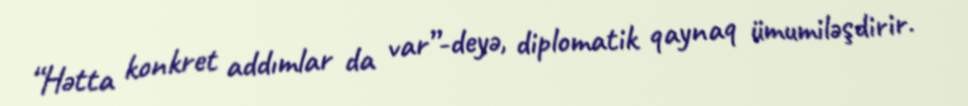
“Hətta konkret addımlar da var”-deyə, diplomatik qaynaq ümumiləşdirir.